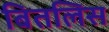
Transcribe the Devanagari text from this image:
बितलिस